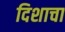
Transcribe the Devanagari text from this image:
दिशाचा